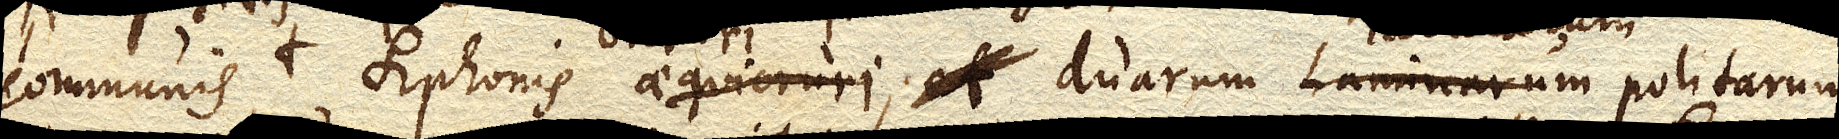
communis Siphonis aequicruri, et duarum laminarum bicruri, duarum Tabularum politarum